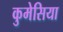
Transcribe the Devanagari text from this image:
कुमेसिया